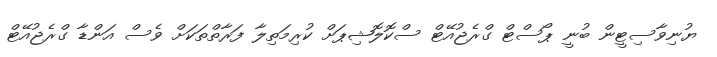
ޔުނިވާސިޓީން ބުނީ ޕޯސްޓް ގްރެޖުއޭޓް ސްކޮލޮޝިޕަށް ކުރިމަތިލާ ފަރާތްތަކަށް ވެސް އަންޑާ ގްރެޖުއޭޓް